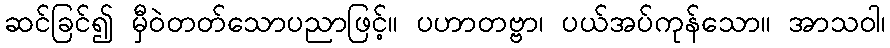
ဆင်ခြင်၍ မှီဝဲတတ်သောပညာဖြင့်။ ပဟာတဗ္ဗာ၊ ပယ်အပ်ကုန်သော။ အာသဝါ၊